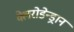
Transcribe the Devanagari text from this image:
क्लेरोडेन्ड्रान